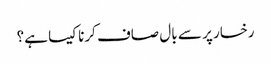
رخسار پر سے بال صاف کرنا کیسا ہے؟